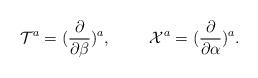
LaTeX: \begin{align*}{\cal T}^a = ({\partial \over \partial \beta})^a, \ \ \ \ \ \ \ {\cal X}^a = ({\partial \over \partial \alpha})^a.\end{align*}